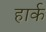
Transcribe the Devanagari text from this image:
हार्क